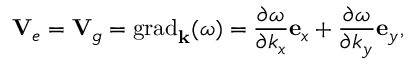
\mathbf { V } _ { e } = \mathbf { V } _ { g } = \operatorname { g r a d } _ { \mathbf { k } } ( \omega ) = \frac { \partial \omega } { \partial k _ { x } } \mathbf { e } _ { x } + \frac { \partial \omega } { \partial k _ { y } } \mathbf { e } _ { y } ,